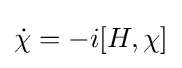
{\dot {\chi }}=-i[H,\chi ]